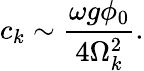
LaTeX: c_{k}\sim\frac{\omega g\phi_{0}}{4\Omega_{k}^{2}}.